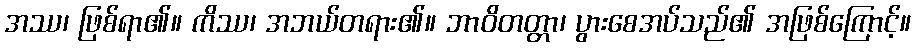
အဿ၊ ဖြစ်ရာ၏။ ကိဿ၊ အဘယ်တရား၏။ ဘာဝိတတ္တာ၊ ပွားစေအပ်သည်၏ အဖြစ်ကြောင့်။